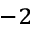
^ { - 2 }